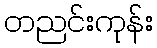
တညင်းကုန်း